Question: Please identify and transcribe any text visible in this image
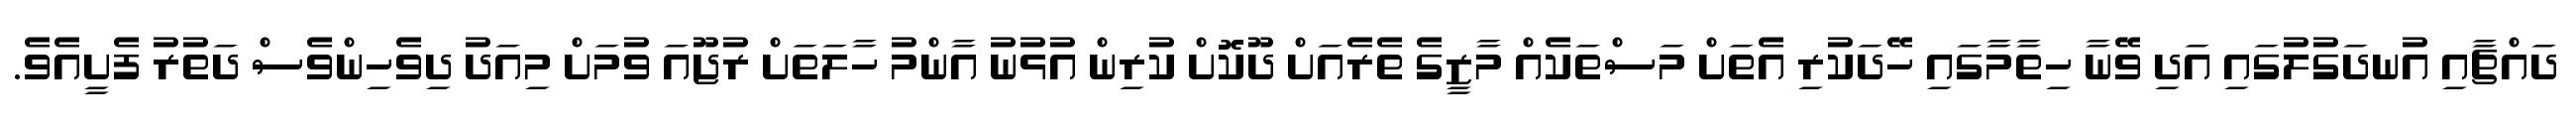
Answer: ދައްޗާއި އުނދަގުލުގައި އަދި ވޭނާ ހިތާމާގައި ހޭދަކުރި އެތަށް މަސްތަކެއް މާޒީގެ ތެރެއަށް ދޫކޮށް ކުރިން އުޅުނު އާންމު ހާލަތަށް ރުޖޫއަ ވުމަށް މިއަދު ދިވެހިންވެސް ދަތުރު ފެށީއެވެ.